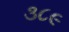
૩૮૯